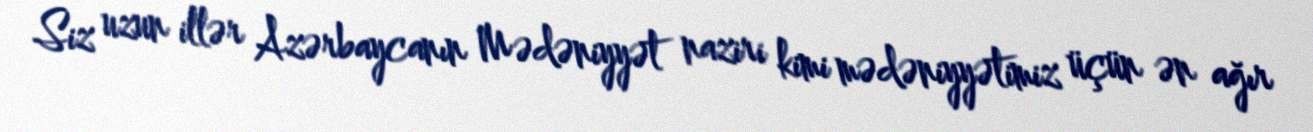
Siz uzun illər Azərbaycanın Mədəniyyət naziri kimi mədəniyyətimiz üçün ən ağır